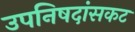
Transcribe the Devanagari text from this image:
उपनिषदांसकट